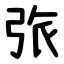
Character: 㢳